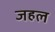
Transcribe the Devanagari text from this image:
जहल